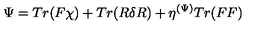
\Psi = T r ( F \chi ) + T r ( R \delta R ) + \eta ^ { ( \Psi ) } T r ( F F )